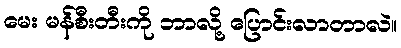
မေး မန်စီးတီးကို ဘာလို့ ပြောင်းလာတာလဲ။